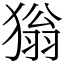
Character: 㺋